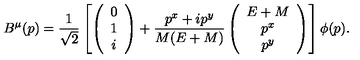
B ^ { \mu } ( p ) = \frac { 1 } { \sqrt 2 } \left[ \left( \begin{array} { c } { 0 } \\ { 1 } \\ { i } \\ \end{array} \right) + \frac { p ^ { x } + i p ^ { y } } { M ( E + M ) } \left( \begin{array} { c } { E + M } \\ { p ^ { x } } \\ { p ^ { y } } \\ \end{array} \right) \right] \phi ( p ) .